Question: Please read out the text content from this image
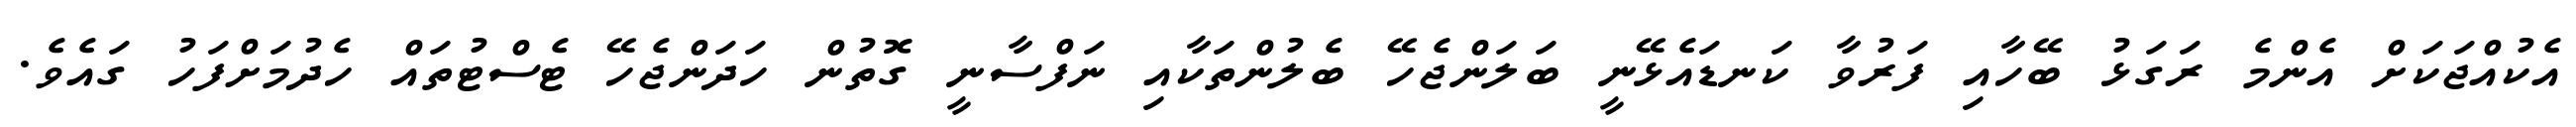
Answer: އެކުއްޖަކަށް އެންމެ ރަގަޅު ބޭހާއި ފަރުވާ ކަނޑައެޅޭނީ ބަލަންޖެހޭ ބެލުންތަކާއި ނަފްސާނީ ގޮތުން ހަދަންޖެހޭ ޓެސްޓުތައް ހެދުމަށްފަހު ގައެވެ.